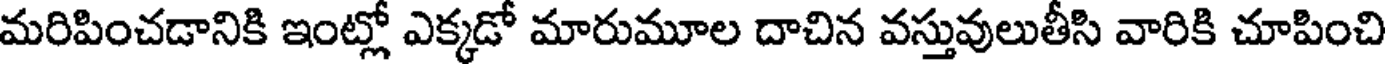
మరిపించడానికి ఇంట్లో ఎక్కడో మారుమూల దాచిన వస్తువులుతీసి వారికి చూపించి